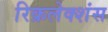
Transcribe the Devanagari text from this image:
रिक्रलेक्शंस